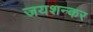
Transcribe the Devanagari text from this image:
जयशन्कर